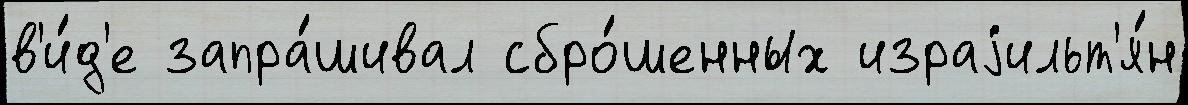
в'и́д'е запра́шивал сбро́шенных израjильт'я́н